Indian journal of veterinary science and animal husbandry - Volume 1,
Year: 1931
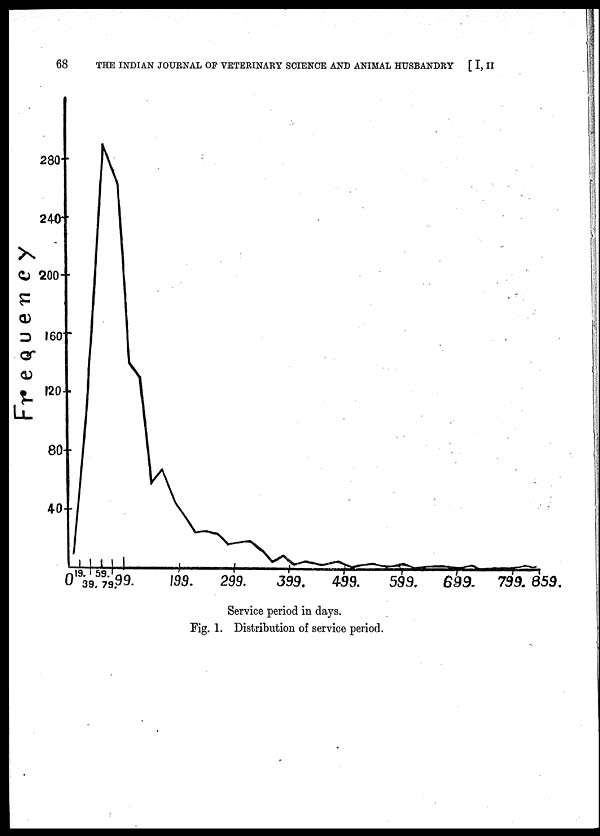
68
THE INDIAN JOURNAL OF VETERINARY SCIENCE AND ANIMAL HUSBANDRY [ I, II
Service period in days.
Fig. 1. Distribution of service period.